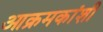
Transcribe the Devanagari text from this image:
आक्रमकांशी